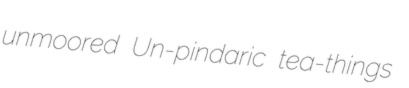
unmoored Un-pindaric tea-things